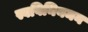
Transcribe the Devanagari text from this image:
स्वविनियमन